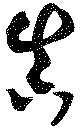
真